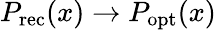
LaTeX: P_{\mathrm{rec}}(x)\rightarrow P_{\mathrm{opt}}(x)